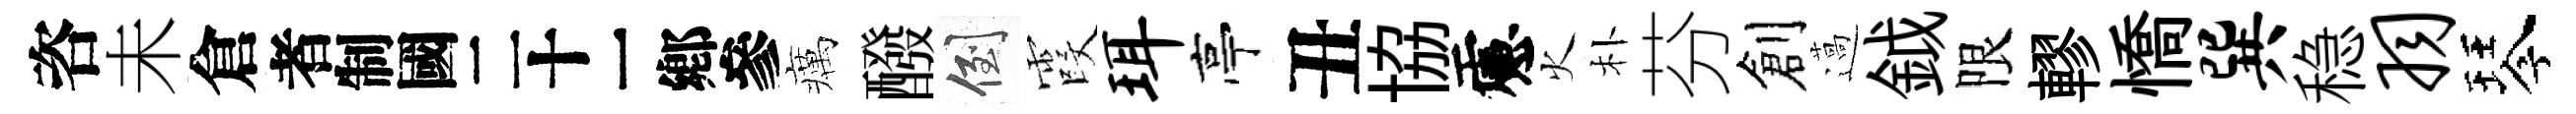
咨未倉识癘醱倒霞珥亭丑協慮火朴芬創薖鉞限轇憍巽稳羽琴